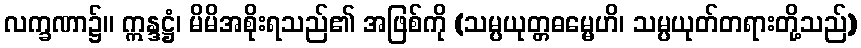
လက္ခဏာ၌။ ဣန္ဒဋ္ဌံ၊ မိမိအစိုးရသည်၏ အဖြစ်ကို (သမ္ပယုတ္တဓမ္မေဟိ၊ သမ္ပယုတ်တရားတို့သည်)